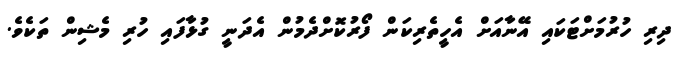
ދިރި ހުރުމަށްޓަކައި އޭނާއަށް އެހީތެރިކަން ފޯރުކޮށްދެމުން އެދަނީ ގުޅާފައި ހުރި މެޝިން ތަކެވެ.